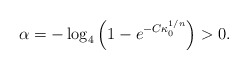
\begin{align*}\alpha = -\log_4\left(1-e^{-C\kappa_0^{1/n}}\right)>0.\end{align*}